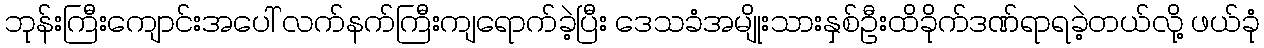
ဘုန်းကြီးကျောင်းအပေါ် လက်နက်ကြီးကျရောက်ခဲ့ပြီး ဒေသခံအမျိုးသားနှစ်ဦးထိခိုက်ဒဏ်ရာရခဲ့တယ်လို့ ဖယ်ခုံ